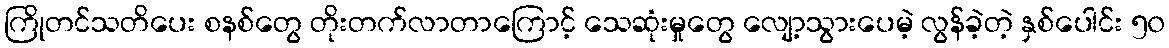
ကြိုတင်သတိပေး စနစ်တွေ တိုးတက်လာတာကြောင့် သေဆုံးမှုတွေ လျော့သွားပေမဲ့ လွန်ခဲ့တဲ့ နှစ်ပေါင်း ၅၀